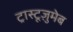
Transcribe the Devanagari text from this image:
ट्रास्टूज़ुमेब